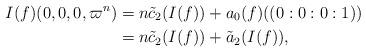
LaTeX: \begin{align*} I(f)(0,0,0,\varpi^n)&=n\tilde{c}_2(I(f))+a_0(f)((0:0:0:1))\\ &=n\tilde{c}_2(I(f))+\tilde{a}_2(I(f)),\end{align*}